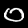
Digit: 0